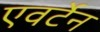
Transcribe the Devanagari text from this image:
एवर्टेन